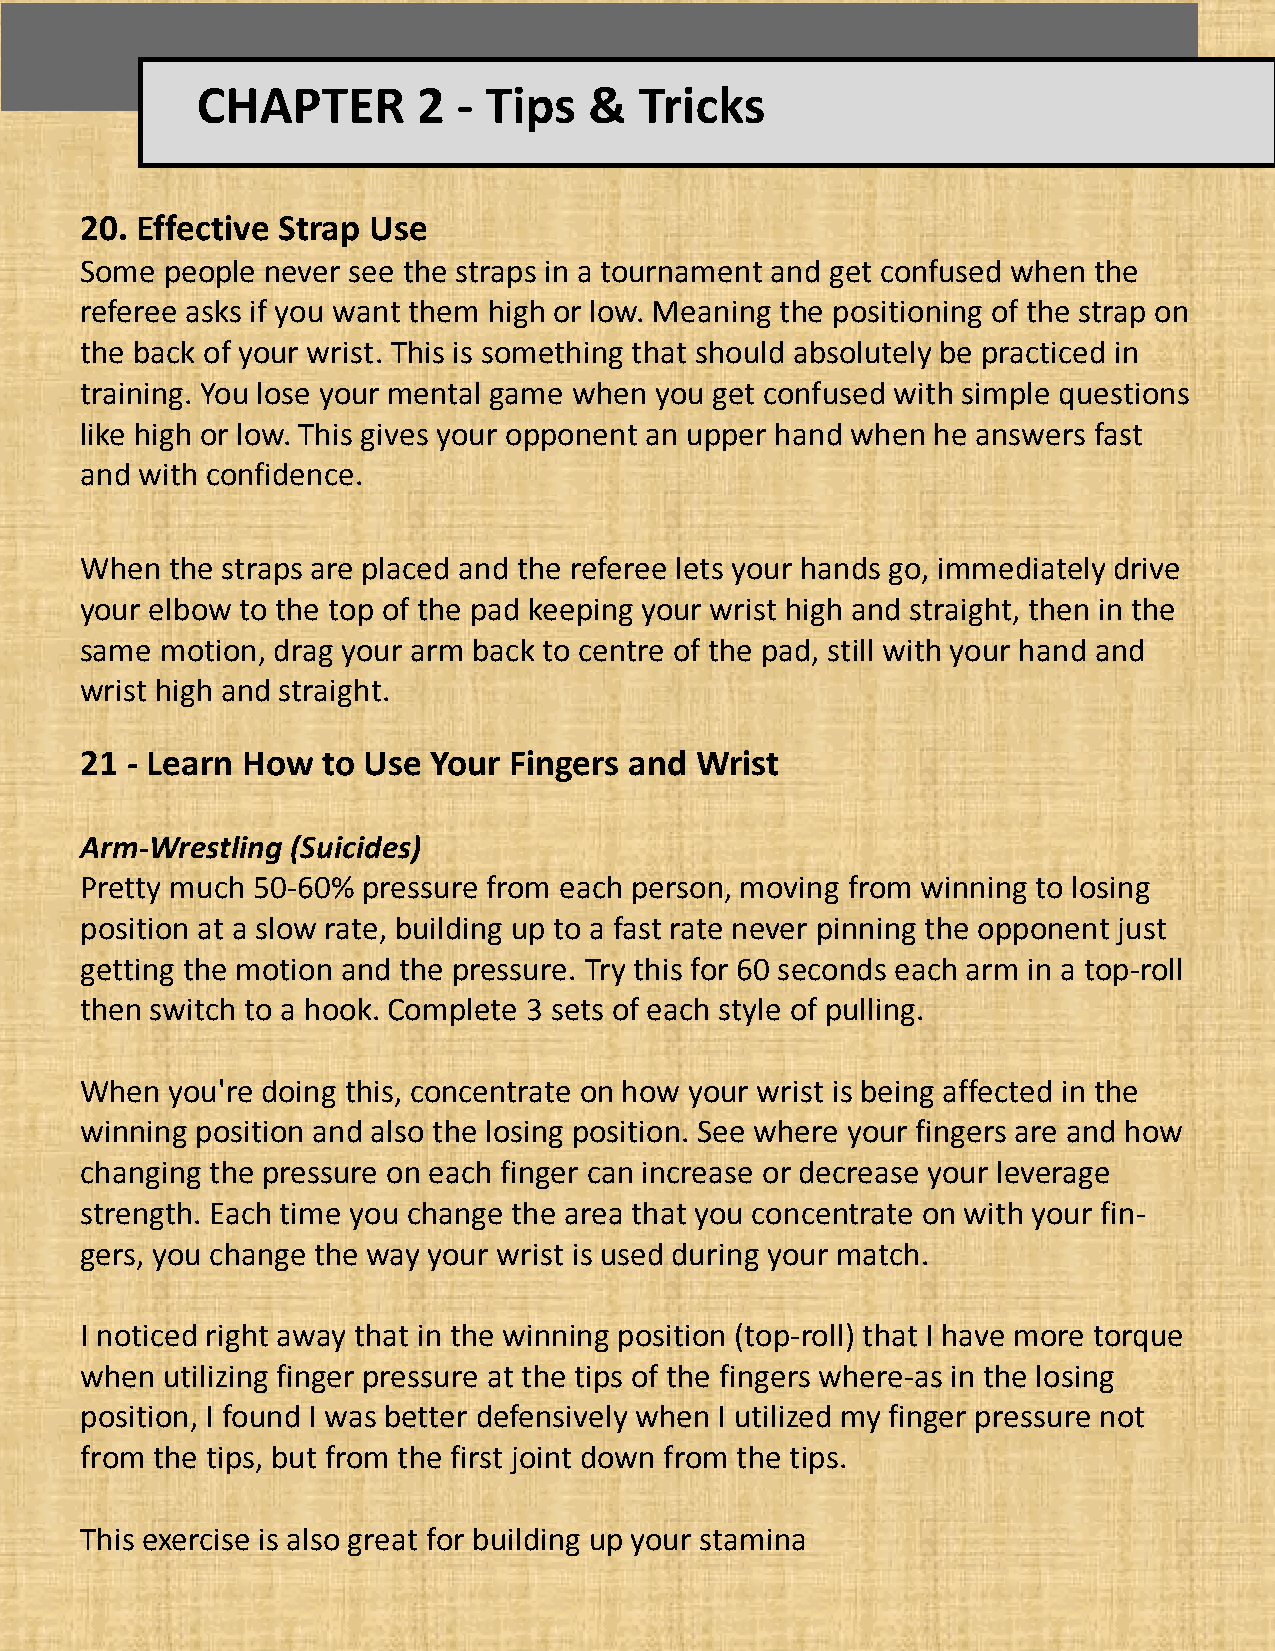
CHAPTER        2 - Tips   &  Tricks
 20. Effective Strap Use
 Some  people never see the straps in a tournament and get confused when the
 referee asks if you want them high or low. Meaning the positioning of the strap on
 the back of your wrist. This is something that should absolutely be practiced in
 training. You lose your mental game when you get confused with simple questions
 like high or low. This gives your opponent an upper hand when he answers fast
 and with confidence.
 When  the straps are placed and the referee lets your hands go, immediately drive
 your elbow to the top of the pad keeping your wrist high and straight, then in the
 same  motion, drag your arm back to centre of the pad, still with your hand and
 wrist high and straight.
 21 - Learn How  to Use Your  Fingers and Wrist
 Arm-Wrestling (Suicides)
 Pretty much 50-60% pressure from each person, moving from winning to losing
 position at a slow rate, building up to a fast rate never pinning the opponent just
 getting the motion and the pressure. Try this for 60 seconds each arm in a top-roll
 then switch to a hook. Complete 3 sets of each style of pulling.
 When  you're doing this, concentrate on how your wrist is being affected in the
 winning position and also the losing position. See where your fingers are and how
 changing the pressure on each finger can increase or decrease your leverage
 strength. Each time you change the area that you concentrate on with your fin-
 gers, you change the way your wrist is used during your match.
 I noticed right away that in the winning position (top-roll) that I have more torque
 when  utilizing finger pressure at the tips of the fingers where-as in the losing
 position, I found I was better defensively when I utilized my finger pressure not
 from the tips, but from the first joint down from the tips.
 This exercise is also great for building up your stamina